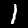
Digit: 1